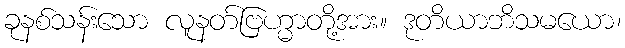
ခုနစ်သန်းသော လူနတ်ဗြဟ္မာတို့အား။ ဒုတိယာဘိသမယော၊